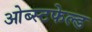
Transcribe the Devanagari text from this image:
ओब्स्टफेल्ड